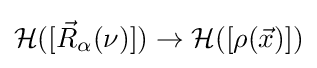
{\mathcal {H}}([{\vec {R}}_{\alpha }(\nu )])\rightarrow {\mathcal {H}}([\rho ({\vec {x}})])